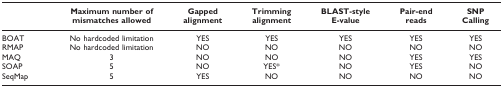
<table><thead><tr><td></td><td><b>Maximum number of mismatches allowed</b></td><td><b>Gapped alignment</b></td><td><b>Trimming alignment</b></td><td><b>BLAST-style E-value</b></td><td><b>Pair-end reads</b></td><td><b>SNP Calling</b></td></tr></thead><tbody><tr><td>BOAT</td><td>No hardcoded limitation</td><td>YES</td><td>YES</td><td>YES</td><td>YES</td><td>YES</td></tr><tr><td>RMAP</td><td>No hardcoded limitation</td><td>NO</td><td>NO</td><td>NO</td><td>NO</td><td>NO</td></tr><tr><td>MAQ</td><td>3</td><td>NO</td><td>NO</td><td>NO</td><td>YES</td><td>YES</td></tr><tr><td>SOAP</td><td>5</td><td>NO</td><td>YES*</td><td>NO</td><td>YES</td><td>NO</td></tr><tr><td>SeqMap</td><td>5</td><td>YES</td><td>NO</td><td>NO</td><td>NO</td><td>NO</td></tr></tbody></table>